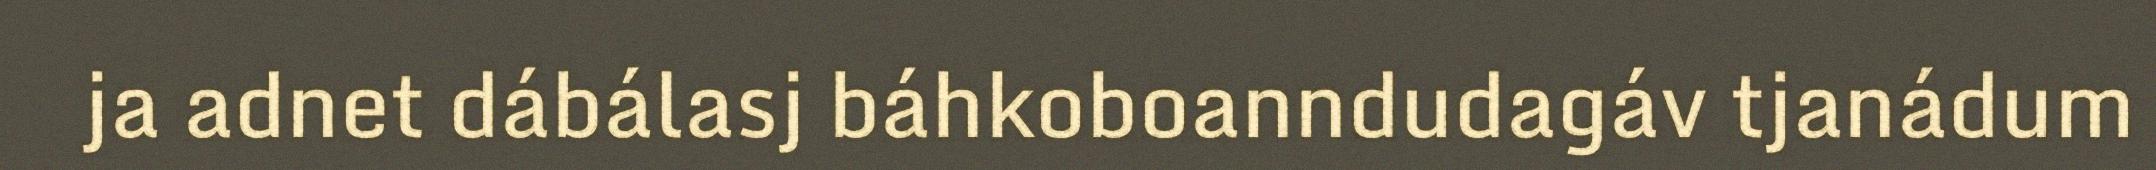
ja adnet dábálasj báhkoboanndudagáv tjanádum